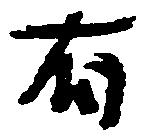
有